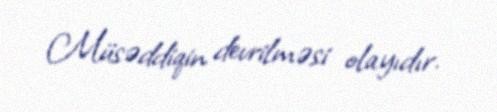
Müsəddiqin devrilməsi olayıdır.